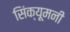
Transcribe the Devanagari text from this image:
सिंक्यूमनी